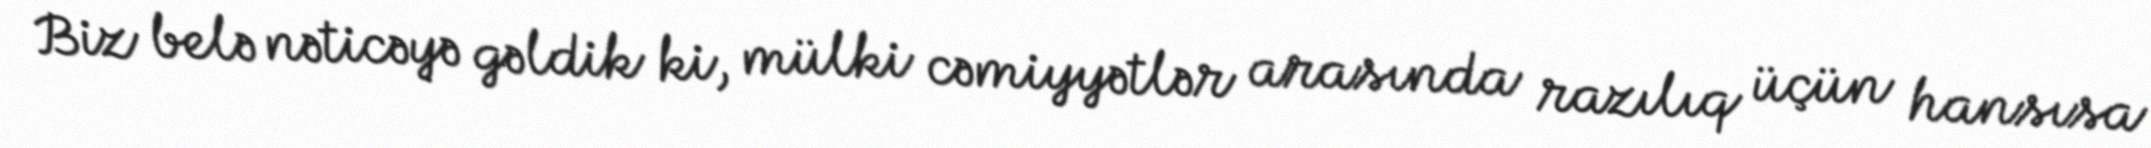
Biz belə nəticəyə gəldik ki, mülki cəmiyyətlər arasında razılıq üçün hansısa